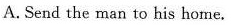
A.Send the man to his home.